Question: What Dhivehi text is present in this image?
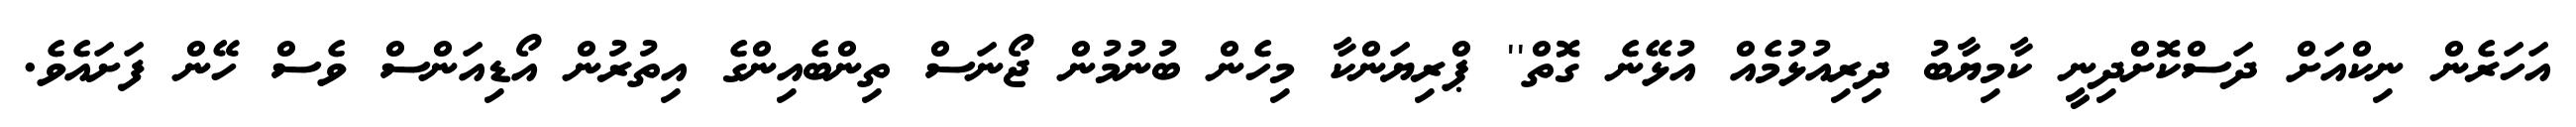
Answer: އަހަރެން ނިކްއަށް ދަސްކޮށްދިނީ ކާމިޔާބު ދިރިއުޅުމެއް އުޅޭނެ ގޮތް'' ޕްރިޔަންކާ މިހެން ބުނުމުން ޖޯނަސް ތިންބެއިންގެ އިތުރުން އޯޑިއަންސް ވެސް ހޭން ފަށައެވެ.